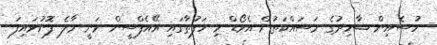
ހުސެއިން ޝާހިދުގެ މަސައްކަތުން އެވޯޑް މި ހަފުތާގައި އޭއެފްސީން ވަނީ މާލެ ފޮނުވައިފަ